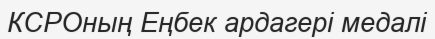
КСРОның Еңбек ардагері медалі